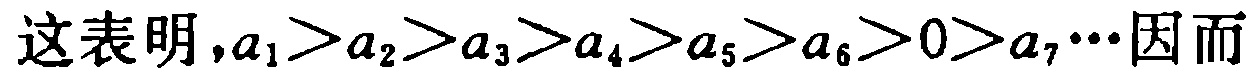
这表明,$a_{1}>a_{2}>a_{3}>a_{4}>a_{5}>a_{6}>0>a_{7}\cdots$因而